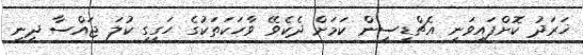
ޚަރަދު ކޮށްފައިވަނީ އެޗްޑީސީން ކަމަށް ދެކެވޭ ވާހަކަތަކުގެ ހަގީގީ ކުލަ ޖައްސާ ދިނީ